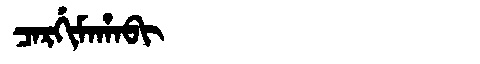
Manchu: ᠴᠠᡵᡤᡳᠮᠠᡥᠠᠪᡳ
Romanization: CARGIMAHABI